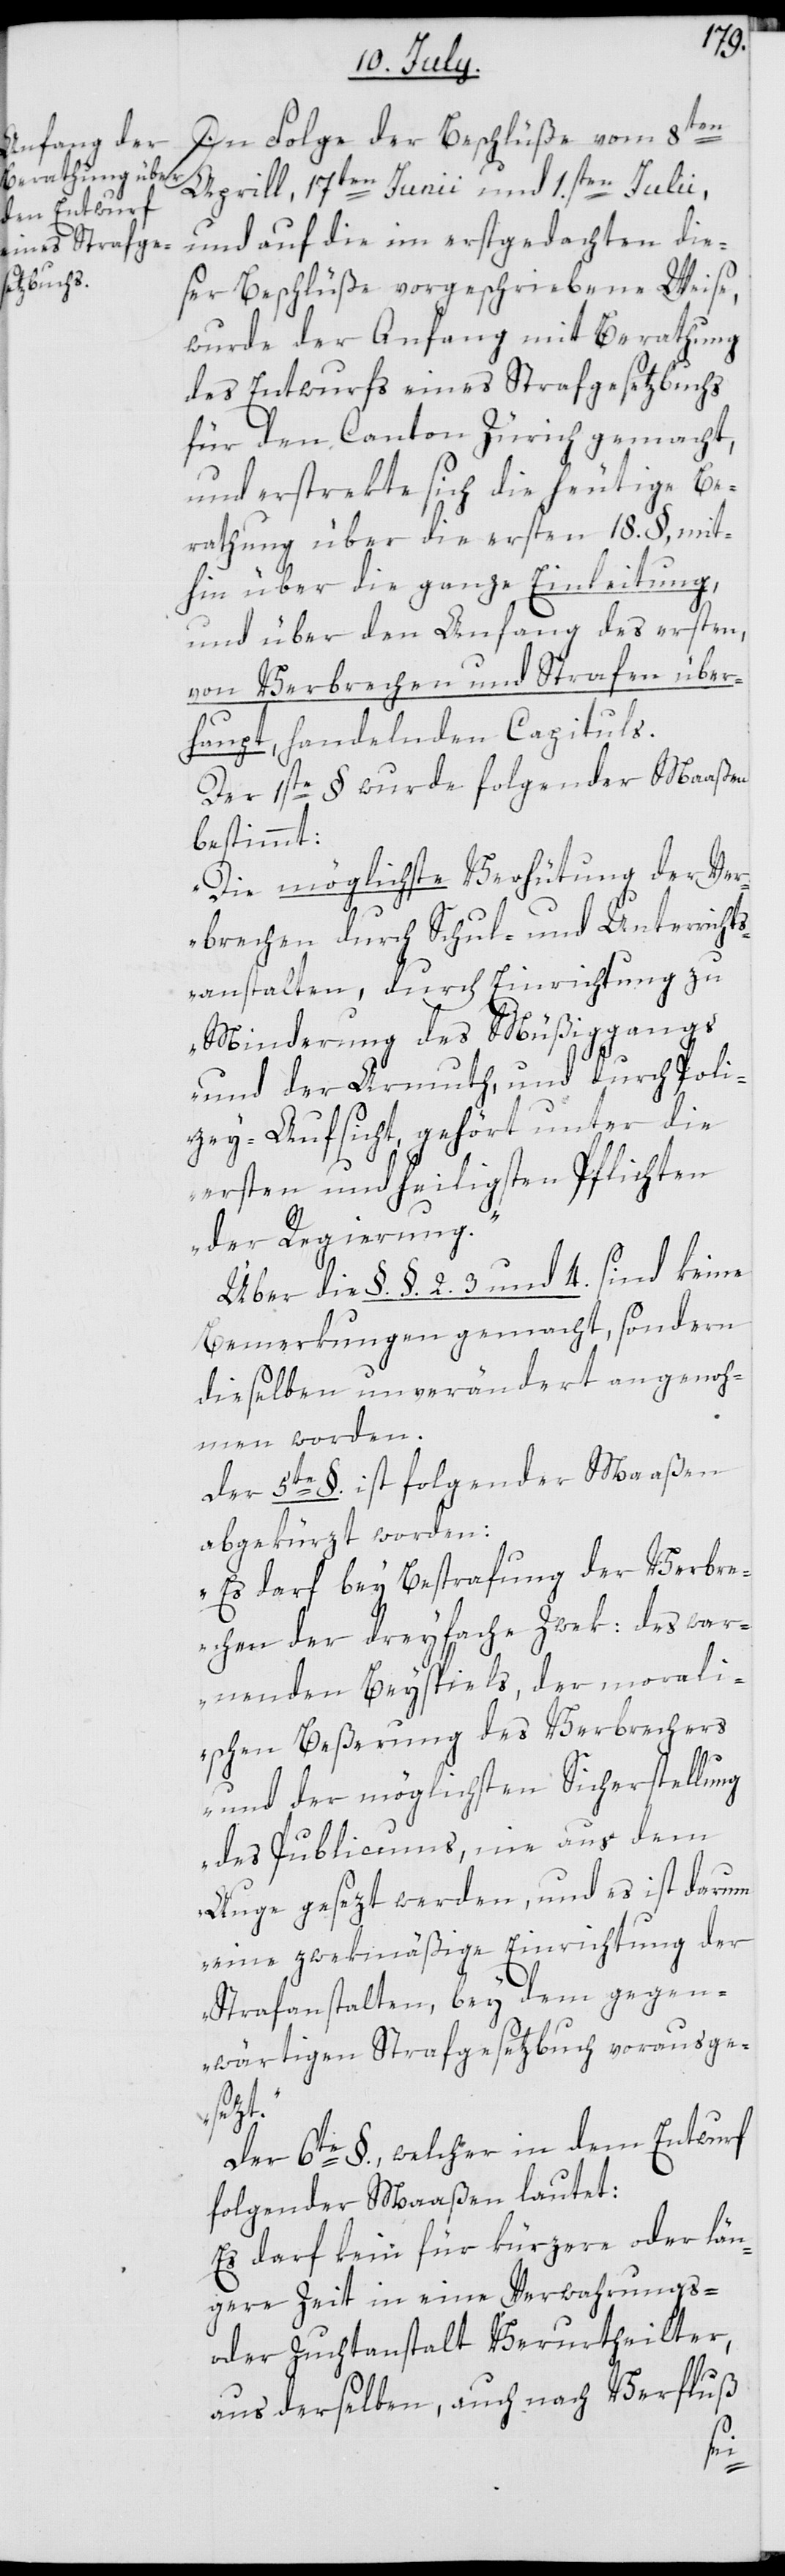
1.sten
In Folge der Beschlüße vom 8ten
und auf die im erstgedachten die¬
ser Beschlüße vorgeschriebene Weise,
wurde der Anfang mit Berathung
des Entwurfs eines Strafgesetzbuchs
für den Canton Zürich gemacht,
und erstrekte sich die heutige Be¬
rathung über die ersten 18. §, mit¬
hin über die ganze Einleitung,
und über den Anfang des ersten,
von Verbrechen und Strafen über¬
haupt, handelnden Capituls.
Der 1ste § wurde folgender Maaßen
bestimmt:
„Die möglichste Verhütung der Ver¬
brechen durch Schul- und Unterrichts¬
anstalten, durch Einrichtung zu
Minderung des Müßiggangs
und der Armuth, und durch Poli¬
zey-Aufsicht, gehört unter die
ersten und heiligsten Pflichten
der Regierung.“
Über die §§ 2. 3 und 4. sind keine
Bemerkungen gemacht, sondern
dieselben unverändert angenoh¬
men worden.
Der 5te §. ist folgender Maaßen
abgekürzt worden:
„Es darf bey Bestrafung der Verbr¬
echen der dreyfache Zwek: des war¬
nenden Beyspiels, der morali¬
schen Beßerung des Verbrechers
und der möglichsten Sicherstellung
des Publicums, nie aus dem
Auge gesezt werden, und es ist darum
eine zwekmäßige Einrichtung der
Strafanstalten, bey dem gegen¬
wärtigen Strafgesetzbuch vorausge¬
setzt.“
Der 6te §., welcher in dem Entwurf
folgender Maaßen lautet:
Es darf kein für kürzere oder län¬
gere Zeit in eine Verwahrungs-
oder Zuchtanstalt Verurtheilter,
aus derselben, auch nach Verfluß